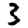
Digit: 3